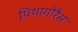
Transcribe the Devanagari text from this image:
पिथागोरैस